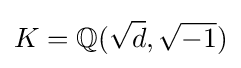
K=\mathbb {Q} ({\sqrt {d}},{\sqrt {-1}})